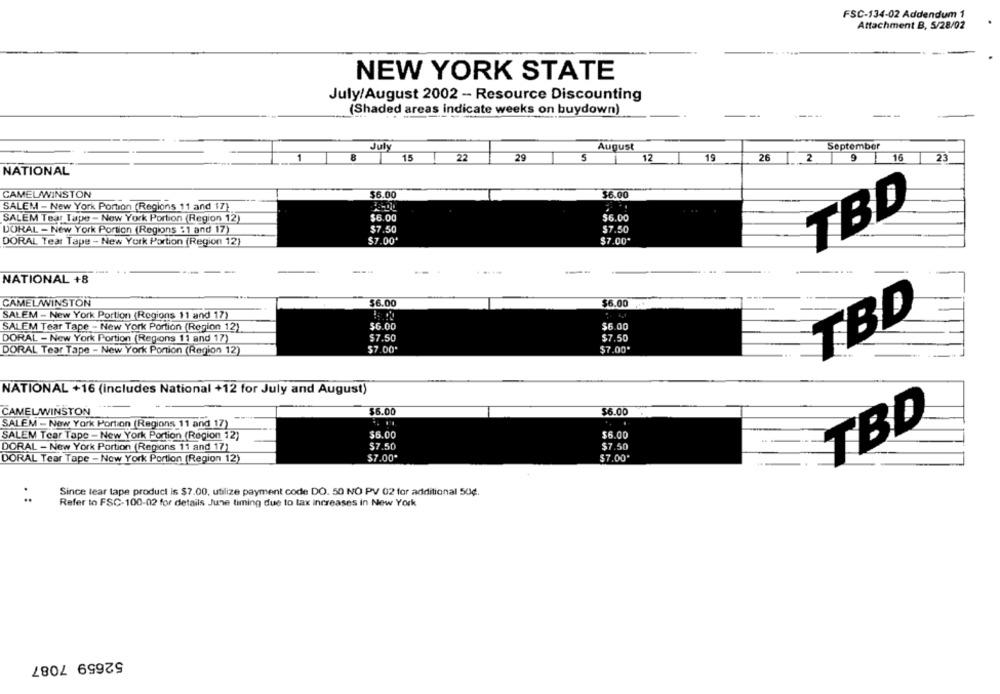
FSC-134-02 Addendum 1
Attachment B, 5/28/02
NEW YORK STATE
July/August 2002 - Resource Discounting
(Shaded areas indicate weeks on buydown)
July
August
September
15
22
29
5
12
19
26
2
9
16
23
NATIONAL
CAMELAWINSTON
$6.00
$6.00
SALEM - New York Portion (Regions 11 and 17)
TBD
SALEM Tear Tape - New York Portion (Region 12)
$6.00
$6.00
$7.50
$7.50
DORAL - New York Portion (Regions :1 and 17)
DORAL Tear Tape - New York Portion (Region 12)
$7.00'
$7.00*
--
---
-
-...
NATIONAL +8
CAMEL/WINSTON
$6.00
$6.00
SALEM - New York Portion (Regions 11 and 17)
TBD
$6.00
$6.00
SALEM Tear Tape - New York Portion (Region 12)
DORAL - New York Portion (Regions 11 and 17)
$7.50
$7.50
DORAL Tear Tape - New York Portion (Region 12)
$7.00'
$7.00*
NATIONAL +16 (Includes National +12 for July and August)
CAMELWINSTON
$6.00
$6.00
SALEM - New York Portion (Regions 11 and 17)
.
TBD
SALEM Tear Tape - New York Portion (Region 12)
$6.00
$6.00
DORAL - New York Portion (Regions 11 and 17)
$7.50
$7.50
$7.00"
$7.00
DORAL Tear Tape - New York Portion (Region 12)
Since tear tape product is $7.00, utilize payment code DO. 50 NO PV 02 for additional 50€.
Refer to FSC-100-02 for details June timing due to tax increases in New York
52659 7087